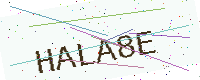
Text: HALA8E